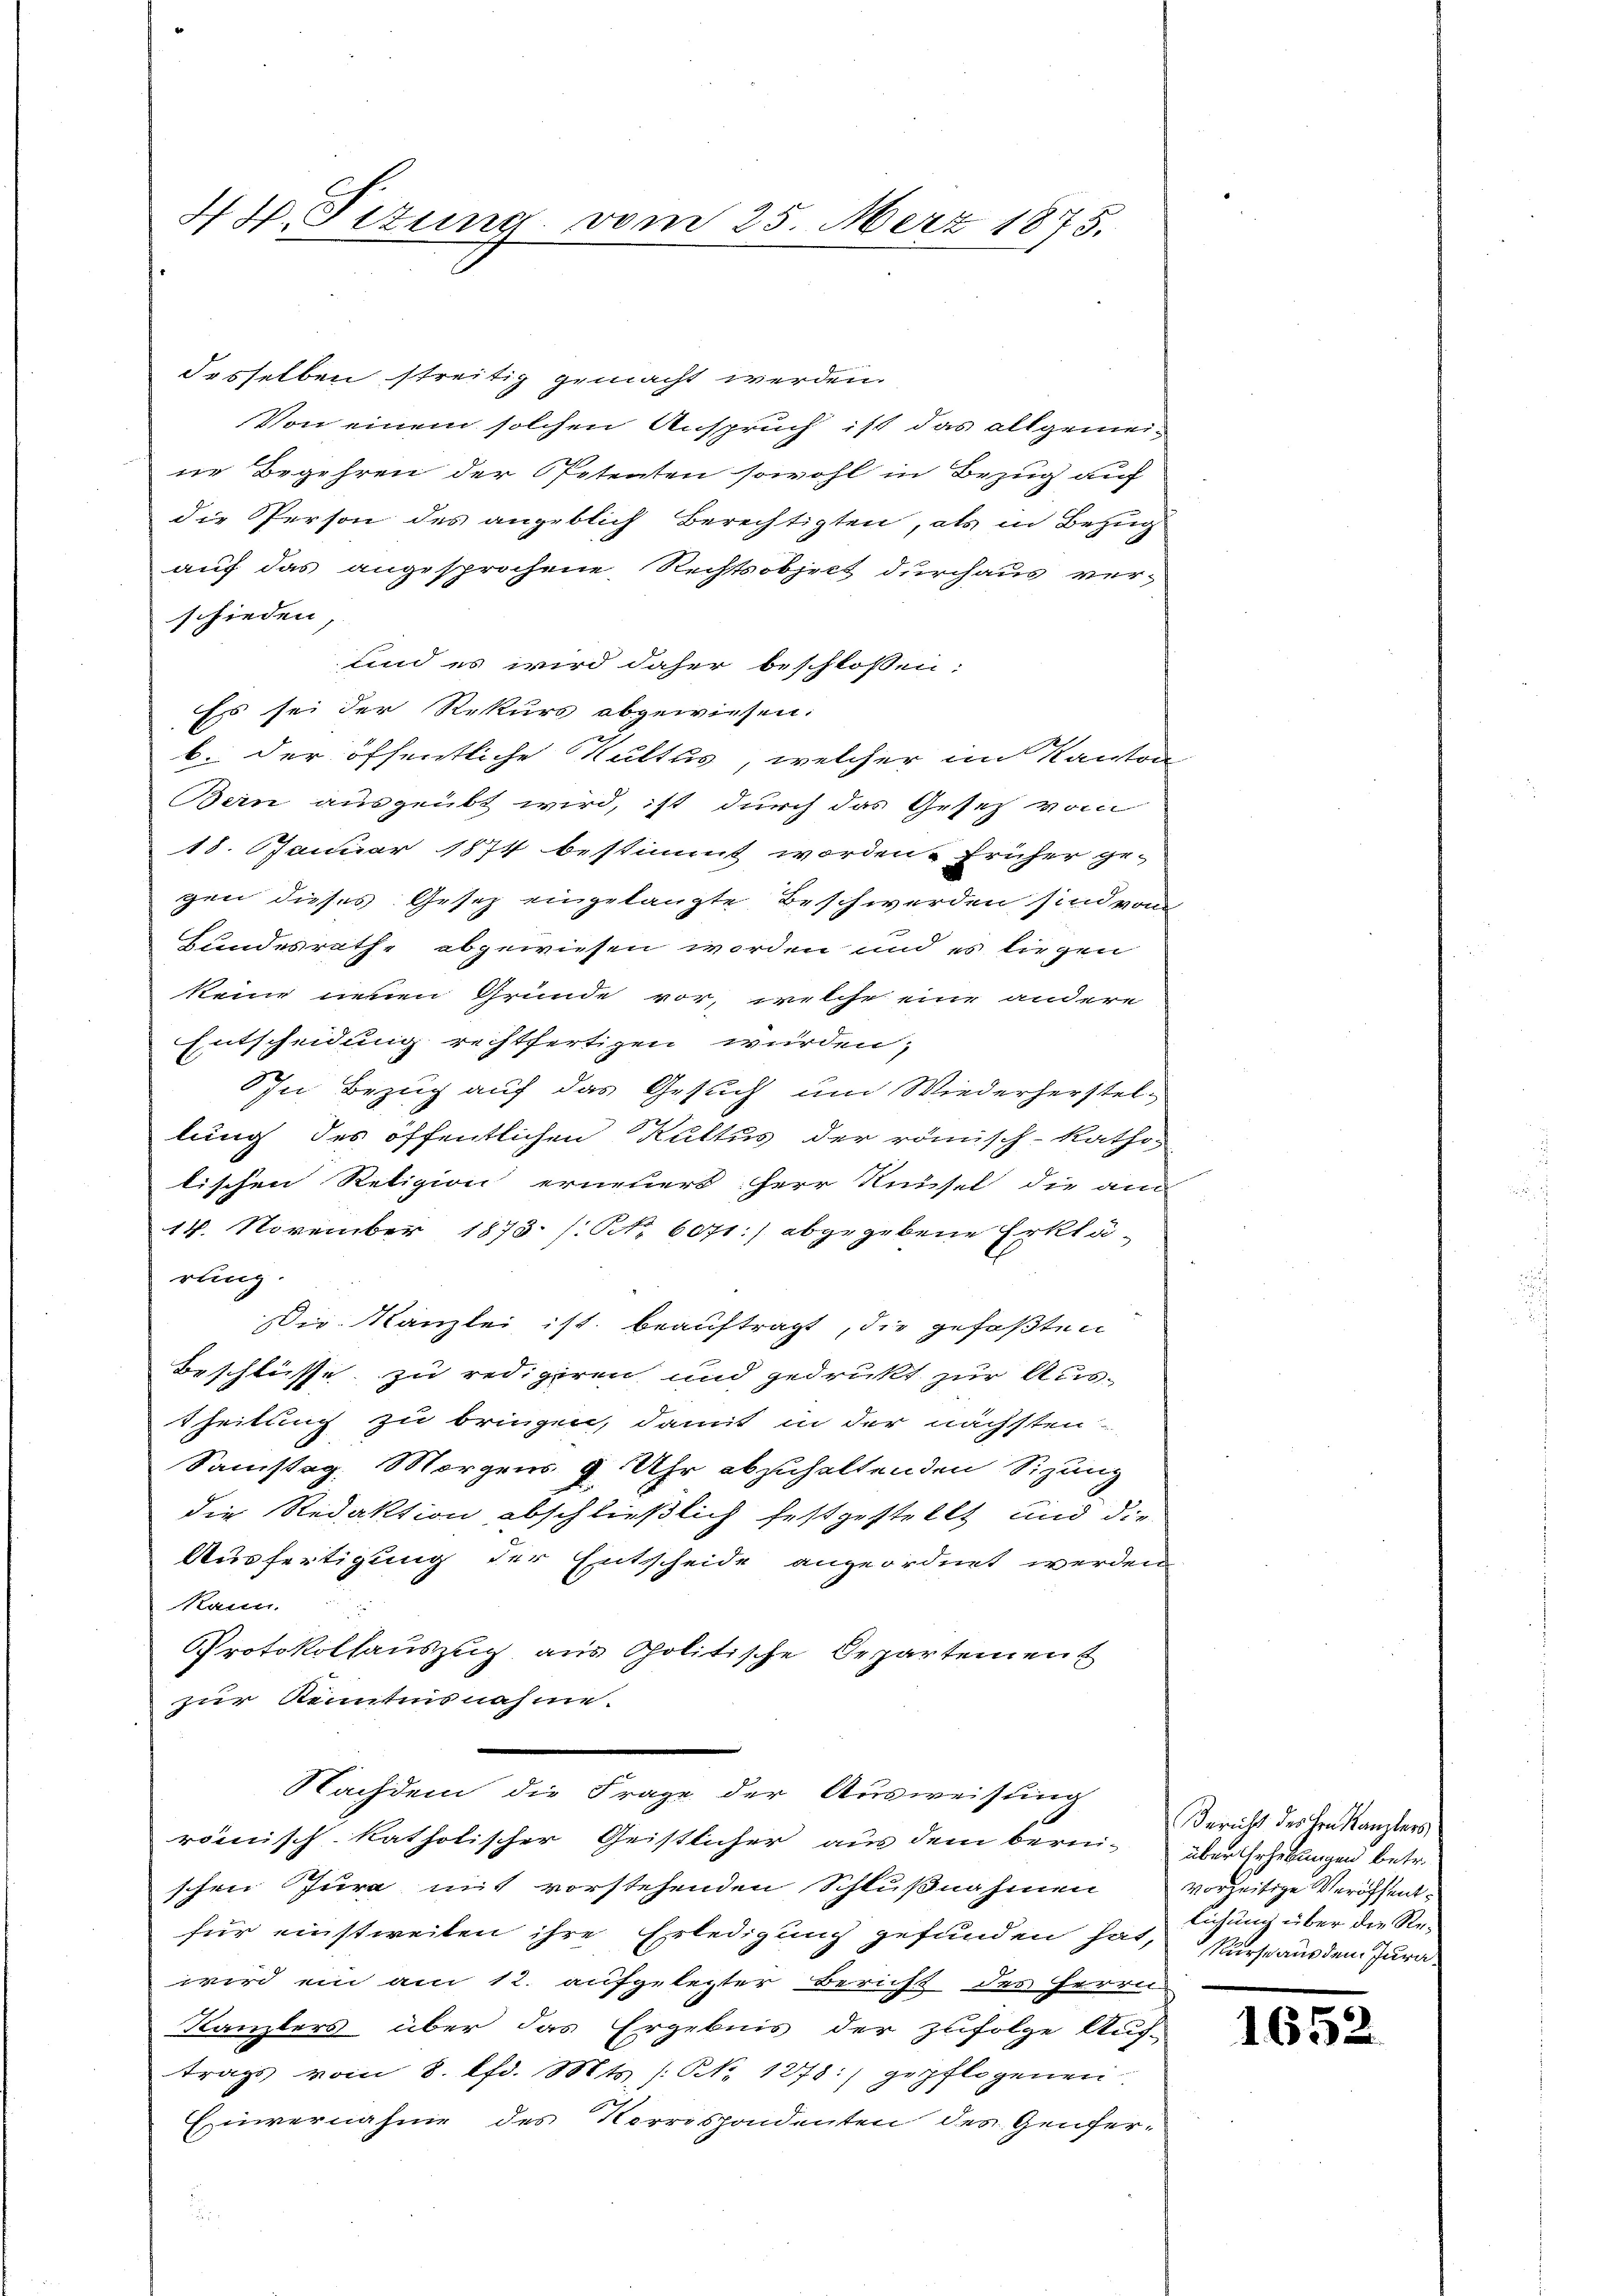
4 Pf. Pitung vom 25. März 1875.

desselben streitig gemacht werden.
Von einem solchen Anspruch ist das allgemeine Begehren der Petenten sowohl in Bezug auf
die Person des angeblich berechtigten, als in Bezug
auf das angesprochene Rechtsobject durchaus verschieden,
und es wird daher beschlossen:
Es sei der Rekurs abgewiesen.
b. der öffentliche Kultus, welcher im Kanton
Bein ausgeübt wird, ist durch das Gesetz vom
18. Januar 1874 bestimmt worden. Früher ge-
gen dieses Gesetz eingelangte Beschwerden sind von
Bundesrathe abgewiesen worden und es liegen
keine neuen Grunde vor, welche eine andere
Entscheidung rechtfertigen würden;
In Bezug auf das Gesuch und Wiederherstellung des öffentlichen Kultus der römisch-katho-
lischen Religion erneuert: Herr Runsel die am
14. November 1873 /.Nr. 6071:/ abgegebene Erklä-
rung
Die Kanzlei, ist beauftragt, die gefaßten
Beschlüsse zu redigiren und gedrukt zur Aus-
theilung zu bringen, damit in der nächsten
Samstag. Morgens 9 Uhr abzuhaltenden Sizung
die Redaktion abschließlich festgestellt und die
Ausfertigung der Entscheide angeordnet werden
Kaun.
Protokollauszug aus Politische Departement
zur Kenntnisnahme.
Nachdem die Frage der Ausweisung
römisch-katholischer Geistlicher aus dem berni-
schen Jura mit vorstehenden Schlußnahmen
für einstweiten ihre Erledigung gefunden hat, Surse aus dem Jurawir ein am 12. aufgelegter Beruht des Herrn
Kanzlers über das Ergebnis der zufolge Auf-
trags vom 8. lfd. Mts. (: NNo. 1278) gepflogenen
Einvernahme des Korrespondenten des Genfer¬

Bericht des Hrn Kanzlers
über Erhebungen betr.
vorzeitige Veröffentlichung über die Re¬

1652